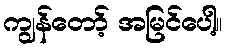
ကျွန်တော့် အမြင်ပေါ့။